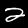
Label: 2